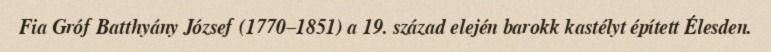
Fia Gróf Batthyány József (1770–1851) a 19. század elején barokk kastélyt épített Élesden.